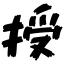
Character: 授